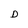
Character: D